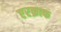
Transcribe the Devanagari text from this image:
एरक्राफ